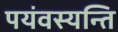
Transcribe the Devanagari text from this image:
पयंवस्यन्ति